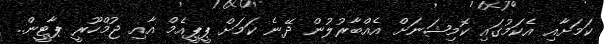
ކަމަށާއި އެކަމުގައި ކޮމިޝަނަށް އެއްބާރުލުން ދޭނެ ކަމަށް ޕީޕީއެމް އާއި ޖުމްހޫރީ ޕާޓީން..